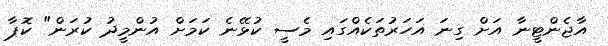
އާޖެންޓީނާ އަށް ގިނަ އަހަރުތަކެއްގައި މެސީ ކުޅޭނެ ކަމަށް އުންމީދު ކުރަން" ކޮޕާ